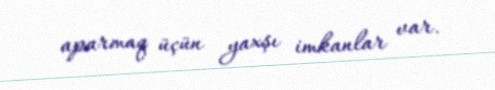
aparmaq üçün yaxşı imkanlar var.